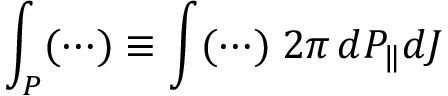
\int _ { P } ( \cdots ) \equiv \int ( \cdots ) \; 2 \pi \, d P _ { \| } d J